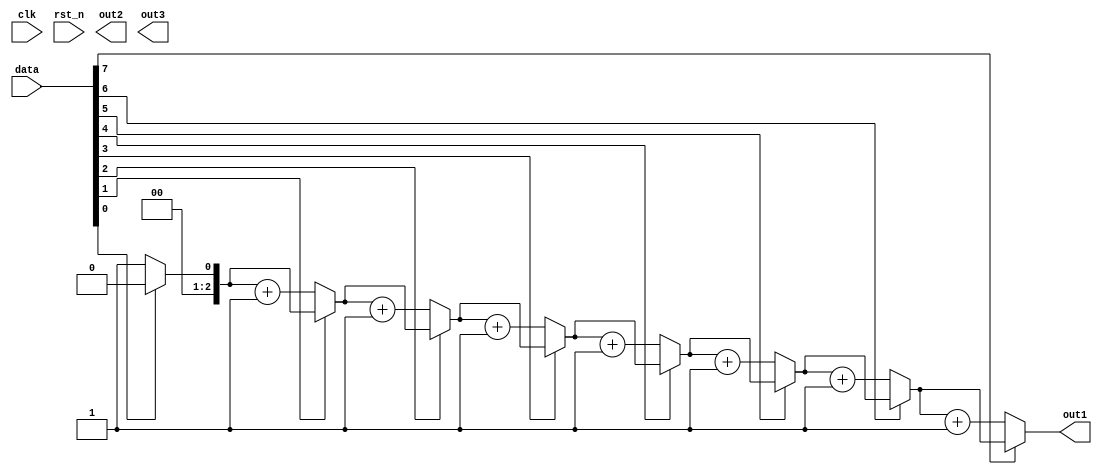
`timescale 1ns / 1ps

module count_zero_in_a_byte(
    input wire          clk, rst_n,
    input wire  [7:0]   data, 
	output reg  [2:0]   out1, out2, out3
);
    integer i;
    always @(data) begin 
            out1 = 0;
            for (i = 0; i <= 7; i = i + 1) // simple condition 
                    if (data[i] == 0) out1 = out1 + 1; 
    end 
endmodule